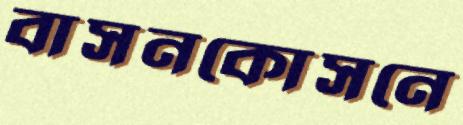
বাসনকোসনে